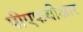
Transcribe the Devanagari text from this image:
पीएफबीआर